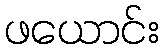
ဖယောင်း